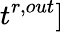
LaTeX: t^{r,out}]